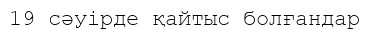
19 сәуірде қайтыс болғандар